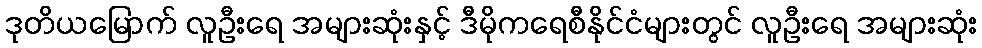
ဒုတိယမြောက် လူဦးရေ အများဆုံးနှင့် ဒီမိုကရေစီနိုင်ငံများတွင် လူဦးရေ အများဆုံး